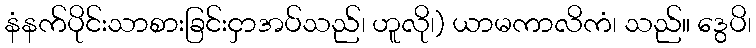
နံနက်ပိုင်းသာစားခြင်းငှာအပ်သည်၊ ဟူလို၊) ယာမကာလိကံ၊ သည်။ ဒွေပိ၊